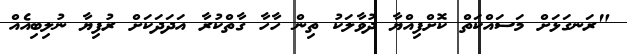
"ރަނގަޅަށް މަސައްކަތް ކޮށްފިއްޔާ ދުވާލަކު ތިން ހާހާ ގާތްކުރާ އަދަދަކަށް ރުފިޔާ ނުލިބިއެއް